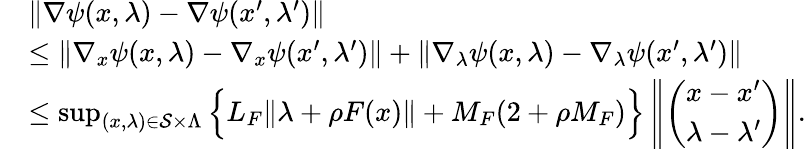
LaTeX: \begin{array}{rl}&{\| \nabla\psi(x,\lambda)-\nabla\psi(x^{\prime},\lambda^{\prime})\| }\\ &{\leq\| \nabla_{x}\psi(x,\lambda)-\nabla_{x}\psi(x^{\prime},\lambda^{\prime})\| +\| \nabla_{\lambda}\psi(x,\lambda)-\nabla_{\lambda}\psi(x^{\prime},\lambda^{\prime})\| }\\ &{\leq\operatorname*{sup}_{(x,\lambda)\in\mathcal{S}\times\Lambda}\Big\{ L_{F}\| \lambda+\rho F(x)\| +M_{F}(2+\rho M_{F})\Big\} \left\| \left(\begin{array}{l}{x-x^{\prime}}\\ {\lambda-\lambda^{\prime}}\end{array}\right)\right\| .}\end{array}